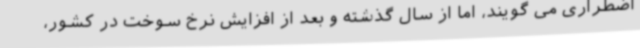
اضطراری می گویند، اما از سال گذشته و بعد از افزایش نرخ سوخت در کشور،